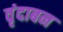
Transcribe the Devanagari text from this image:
वृंदाबन